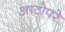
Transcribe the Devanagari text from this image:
आटोपरे